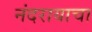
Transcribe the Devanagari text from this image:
नंदरायाचा